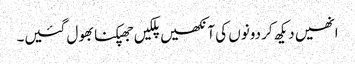
انھیں دیکھ کر دونوں کی آنکھیں پلکیں جھپکنا بھول گئیں۔